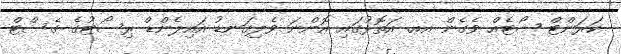
ކަރަންޓް ޝޯޓެއް ވެގެން އއ. އަތޮޅުގައި އޮންނަ ވެލިގަނޑު އައިލެންޑް ރިސޯޓުގެ ގެސްޓް